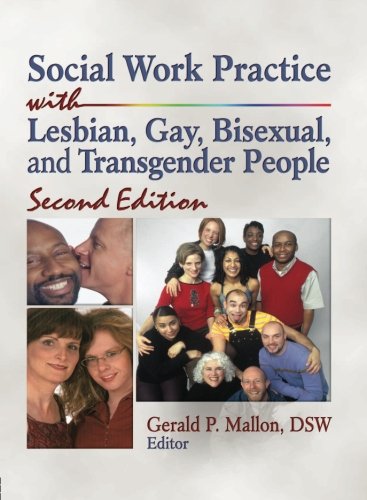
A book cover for Social Work Practice with Lesbian, Gay, Bisexual, and Transgender People; Gay & Lesbian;